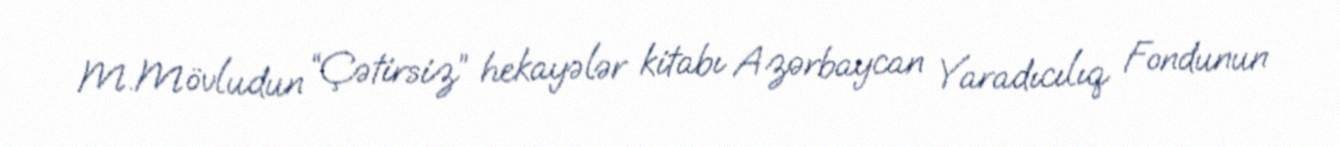
M.Mövludun “Çətirsiz” hekayələr kitabı Azərbaycan Yaradıcılıq Fondunun